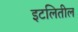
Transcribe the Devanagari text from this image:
इटलितील